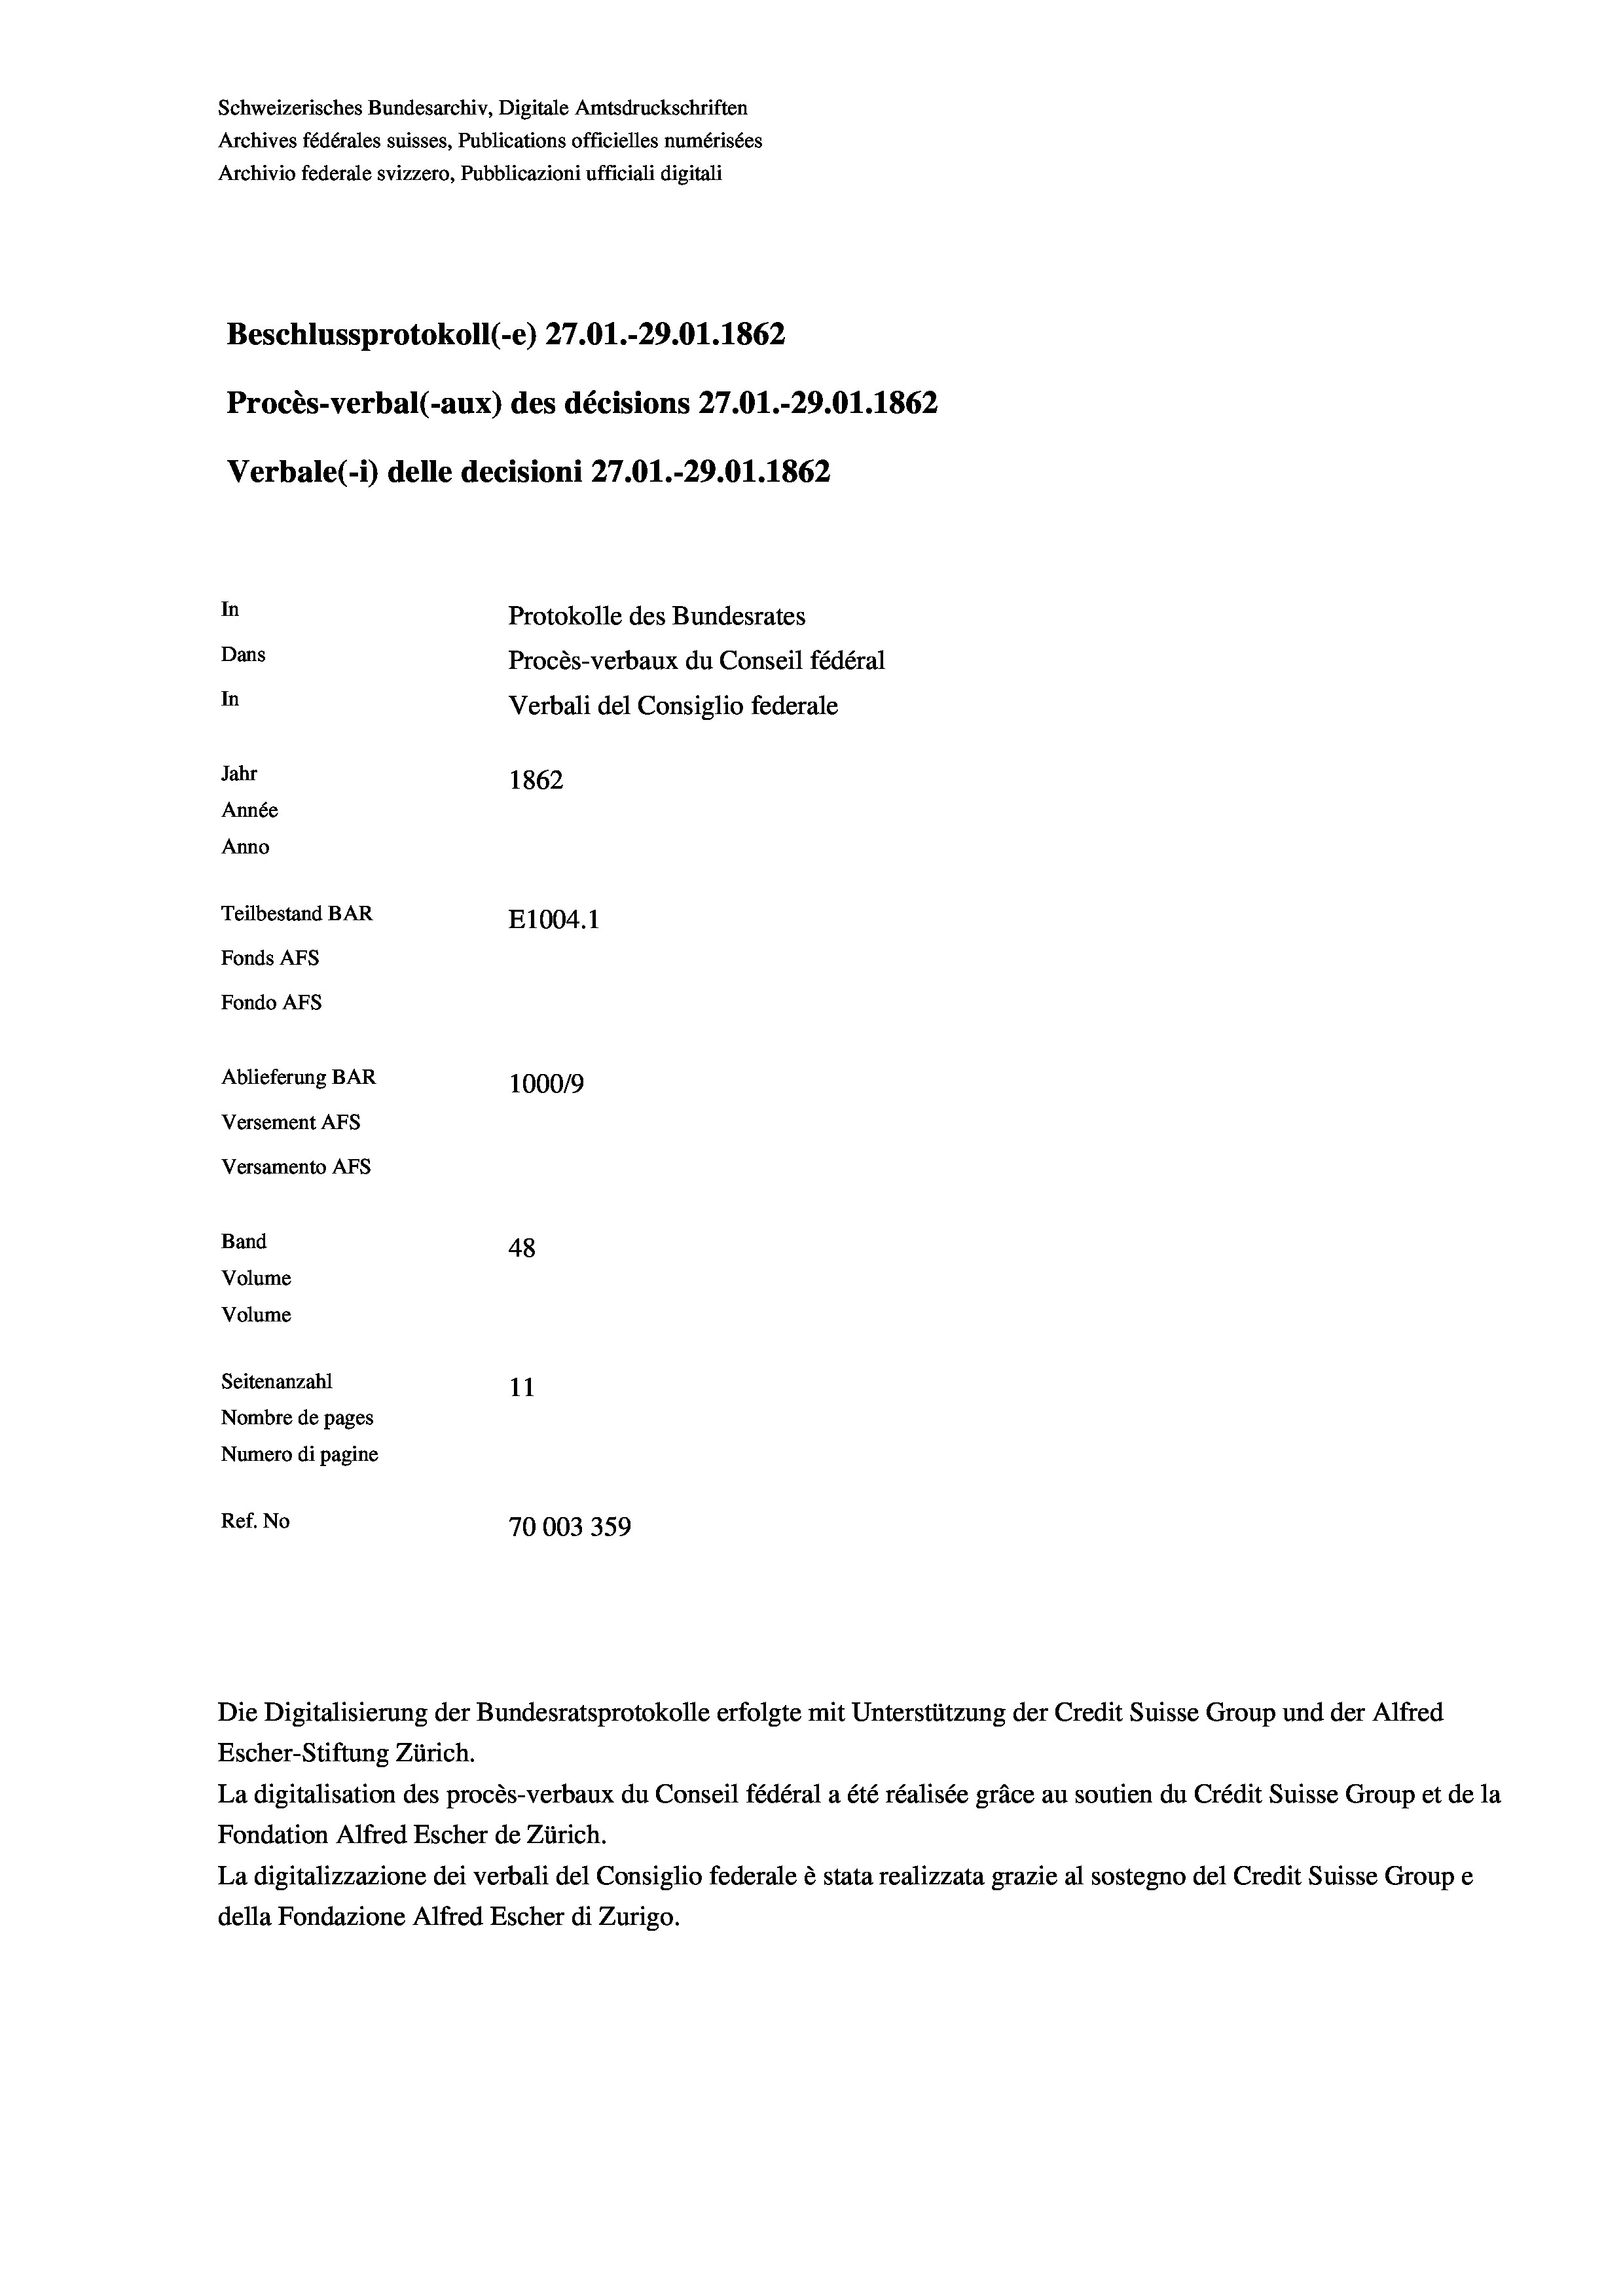
Schweizerisches Bundesarchiv, Digitale Amtsdruckschriften
Archives fédérales suisses, Publications officielles numérisées
Archivio federale svizzero, Pubblicazioni ufficiali digitali
Beschlussprotokoll (-e) 27.01.-29.01. 1862
Procès-verbal (-aux) des décisions 27.01.-29.01.1862
Verbale (1) delle decisioni 27.01.-29.01. 1862
In
Protokolle des Bundesrates
Dans
Procès-verbaux du Conseil fédéral
In
Verbali del Consiglio federale
Jahr
1862
Année
Anno
Teilbestand BAR
E1004. 1
Fonds AFs
Fondo AFs
Ablieferung BAR
100019
Versement AFs
Versamento AFs
Band
48
Volume
Volume
Seitenanzahl
11
Nombre de pages
Numero di pagine
Ref. No
70003359

Escher-Stiftung Zürich.
La digitalisation des procès-verbaux du Conseil fédéral a été réalisée gräce au soutien du Crédit Suisse Group et de la
Fondation Alfred Escher de Zürich.
La digitalizzazione dei verbali del Consiglio federale è stata realizzata grazie al sostegno del Credit Suisse Groupe
della Fondazione Alfred Escher di Zurigo.

Die Digitalisierung der Bundesratsprotokolle erfolgte mit Unterstützung der Credit Suisse Group und der Alfred